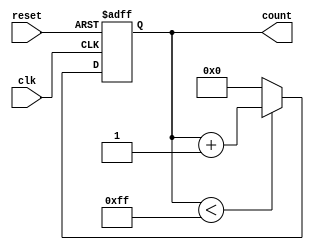
module memory_blocks_up_counter #(
    parameter BIT_WIDTH = 8,            // Width of the counter
    parameter INITIAL_VALUE = 0,        // Initial value for the counter
    parameter MAX_COUNT_VALUE = 255      // Maximum count value
) (
    input wire clk,                      // Clock input
    input wire reset,                    // Asynchronous reset input
    output reg [BIT_WIDTH-1:0] count    // Count output
);

    // Asynchronous reset and counting mechanism
    always @(posedge clk or posedge reset) begin
        if (reset) begin
            count <= INITIAL_VALUE;      // Reset to initial value
        end else begin
            if (count < MAX_COUNT_VALUE) begin
                count <= count + 1;      // Increment count
            end else begin
                count <= INITIAL_VALUE;  // Reset to initial value on overflow
            end
        end
    end

endmodule